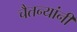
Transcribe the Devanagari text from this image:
चैतन्यांनी